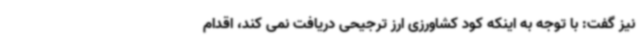
نیز گفت: با توجه به اینکه کود کشاورزی ارز ترجیحی دریافت نمی کند، اقدام